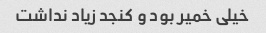
خیلی خمیر بود و کنجد زیاد نداشت